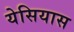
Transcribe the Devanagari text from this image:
येसियास